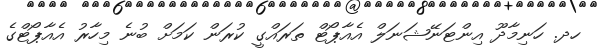
ހދ. ހަނިމާދޫ އިންޓަނޭޝަނަލް އެއާޕޯޓް ތަރައްގީ ކުރަން ކަމަށް ބުނެ މިހާރު އެއާޕޯޓްގެ